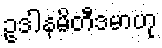
ဥဒါနမိတီဒမာဟု